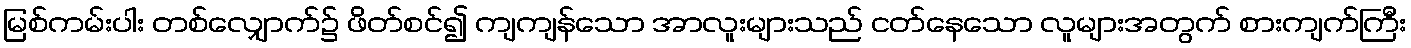
မြစ်ကမ်းပါး တစ်လျှောက်၌ ဖိတ်စင်၍ ကျကျန်သော အာလူးများသည် ငတ်နေသော လူများအတွက် စားကျက်ကြီး